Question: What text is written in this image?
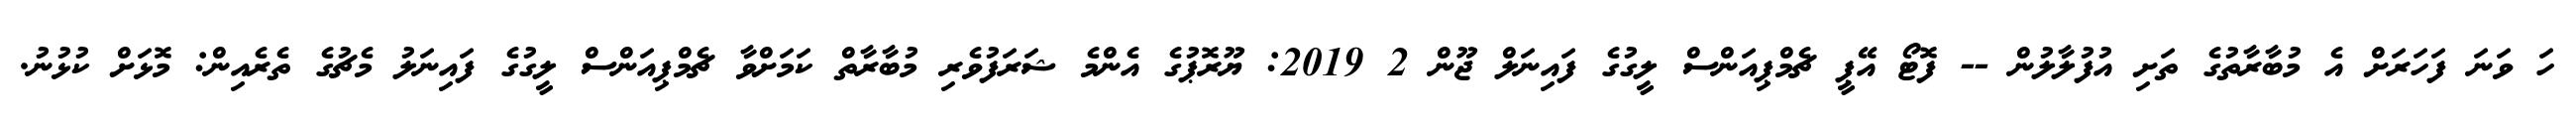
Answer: ހަ ވަނަ ފަހަރަށް އެ މުބާރާތުގެ ތަށި އުފުލާލުން -- ފޮޓޯ އޭޕީ ޗެމްޕިއަންސް ލީގުގެ ފައިނަލް ޖޫން 2 2019: ޔޫރޮޕުގެ އެންމެ ޝަރަފުވެރި މުބާރާތް ކަމަށްވާ ޗެމްޕިއަންސް ލީގުގެ ފައިނަލު މެޗުގެ ތެރެއިން: މޮޅަށް ކުޅުނު.